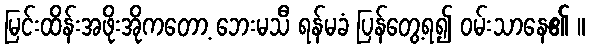
မြင်းထိန်းအဖိုးအိုကတော့ ဘေးမသီ ရန်မခံ ပြန်တွေ့ရ၍ ဝမ်းသာနေ၏ ။